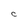
Character: C